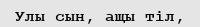
Улы сын, ащы тіл,